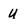
Character: U